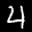
Label: 4